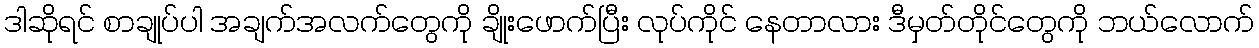
ဒါဆိုရင် စာချုပ်ပါ အချက်အလက်တွေကို ချိုးဖောက်ပြီး လုပ်ကိုင် နေတာလား ဒီမှတ်တိုင်တွေကို ဘယ်လောက်